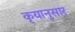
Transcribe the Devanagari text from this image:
कृयानुसार